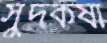
সুদকষা